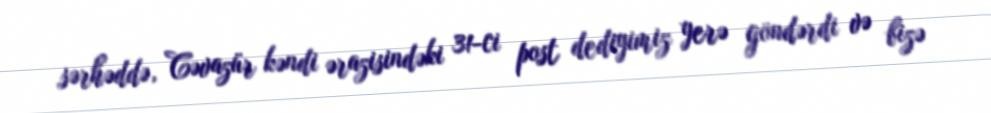
sərhəddə, Cəvazür kəndi ərazisindəki 31-ci post dediyimiz yerə göndərdi və bizə